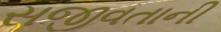
સજીવતાની